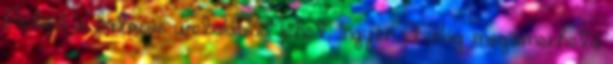
Neked is hatásos weboldalad lehet, ingyen A világ megismerhető